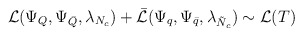
\begin{align*}{\cal L}(\Psi_{Q}, \Psi_{\bar{Q}}, \lambda_{N_{c}}) + \bar{{\cal L}}(\Psi_{q}, \Psi_{\bar{q}}, \lambda_{\tilde{N}_{c}}) \sim {\cal L}(T)\end{align*}